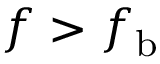
f > f _ { \mathrm { b } }